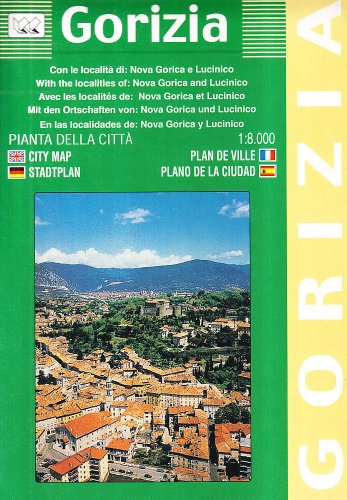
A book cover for Gorizia City Plan: With Nova Gorica and Lucinico (English, Spanish, French, Italian and German Edition); Litografia Artistica Cartografica (LAC); Travel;